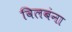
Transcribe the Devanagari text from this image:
विलबंना